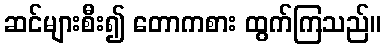
ဆင်များစီး၍ တောကစား ထွက်ကြသည်။